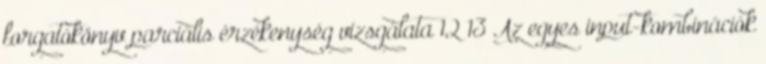
forgatókönyv parciális érzékenység vizsgálata 12 13 Az egyes input-kombinációk